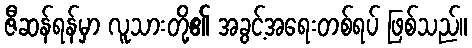
ဇီဆန်ရန်မှာ လူသားတို့၏ အခွင့်အရေးတစ်ရပ် ဖြစ်သည်။